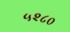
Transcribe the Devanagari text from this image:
५२८०